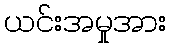
ယင်းအမှုအား